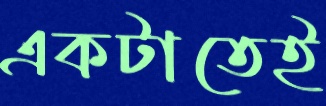
একটাতেই